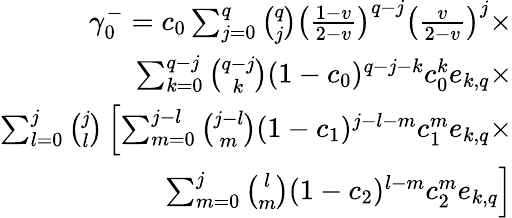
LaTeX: \begin{array}{r}{\gamma_{0}^{-}=c_{0}\sum_{j=0}^{q}{\binom{q}{j}}\left(\frac{1-v}{2-v}\right)^{q-j}\left(\frac{v}{2-v}\right)^{j}\times}\\ {\sum_{k=0}^{q-j}{\binom{q-j}{k}}(1-c_{0})^{q-j-k}c_{0}^{k}e_{k,q}\times}\\ {\sum_{l=0}^{j}{\binom{j}{l}}\left[\sum_{m=0}^{j-l}{\binom{j-l}{m}}(1-c_{1})^{j-l-m}c_{1}^{m}e_{k,q}\right.\times}\\ {\left.\sum_{m=0}^{j}{\binom{l}{m}}(1-c_{2})^{l-m}c_{2}^{m}e_{k,q}\right]}\end{array}